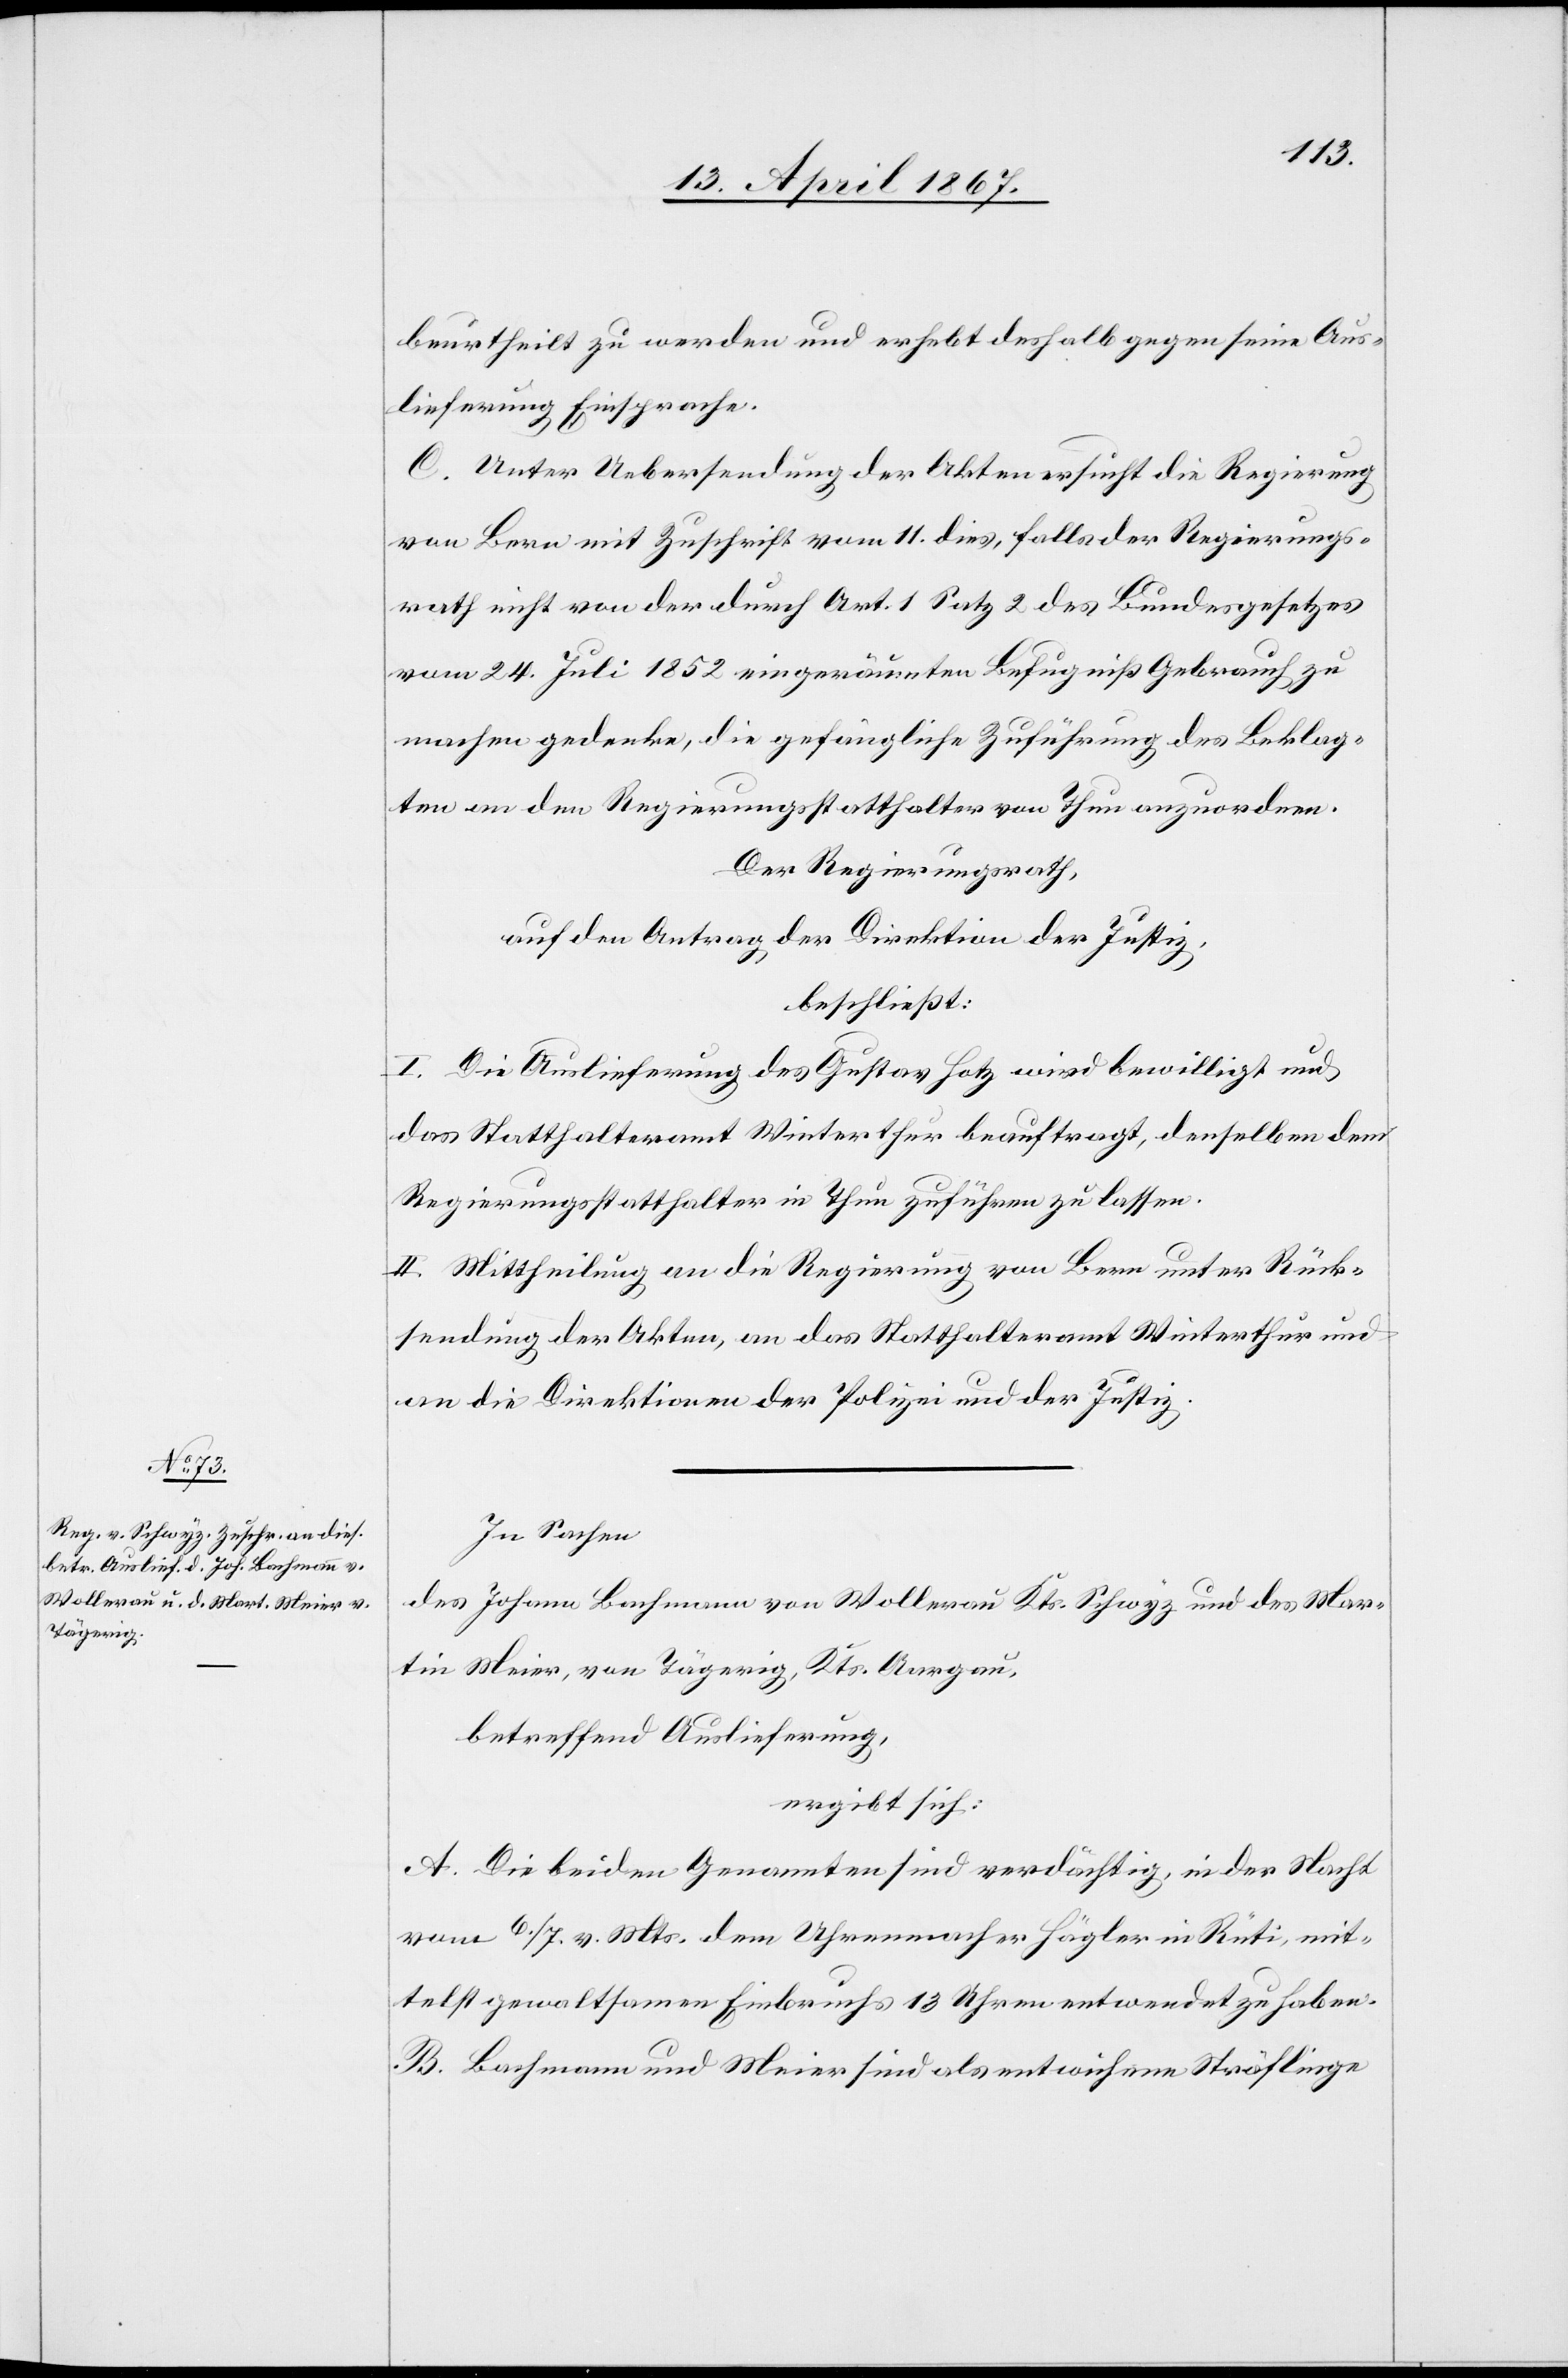
beurtheilt zu werden und erhebt deshalb gegen seine Aus¬
lieferung Einsprache.
C. Unter Uebersendung der Akten ersucht die Regierung
von Bern mit Zuschrift vom 11. dies, falls der Regierungs¬
rath nicht von der durch Art. 1 Satz 2 des Bundesgesetzes
vom 24. Juli 1852 eingeräumten Befugniß Gebrauch zu
machen gedenke, die gefängliche Zuführung des Beklag¬
ten an den Regierungsstatthalter von Thun anzuordnen.
Der Regierungsrath,
auf den Antrag der Direktion der Justiz,
beschließt:
I. Die Auslieferung des Gustav Hotz wird bewilligt und
das Statthalteramt Winterthur beauftragt, denselben dem
Regierungsstatthalter in Thun zuführen zu lassen.
II. Mittheilung an die Regierung von Bern unter Rück¬
sendung der Akten, an das Statthalteramt Winterthur und
an die Direktionen der Polizei und Justiz.
In Sachen
des Johann Bachmann von Wollerau Kts. Schwyz und des Mar¬
tin Meier, von Tägerig, Kts. Aargau,
betreffend Auslieferung,
ergibt sich:
A. Die beiden Genannten sind verdächtig, in der Nacht
vom 6. / 7. v. Mts. dem Uhrenmacher Hägler in Rüti, mit¬
telst gewaltsamen Einbruchs 13 Uhren entwendet zu haben.
B. Bachmann und Meier sind als entwichene Sträflinge